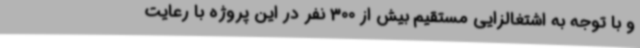
و با توجه به اشتغالزایی مستقیم بیش از 300 نفر در این پروژه با رعایت